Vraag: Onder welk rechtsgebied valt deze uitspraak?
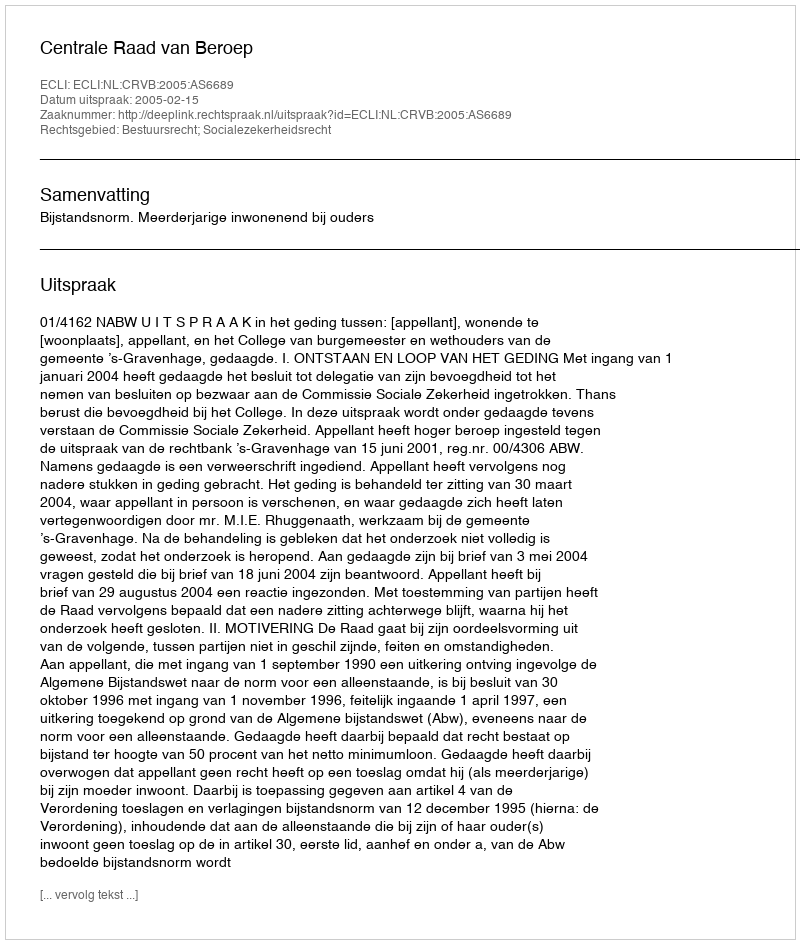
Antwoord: Bestuursrecht; Socialezekerheidsrecht